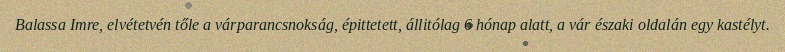
Balassa Imre, elvétetvén tőle a várparancsnokság, épittetett, állitólag 6 hónap alatt, a vár északi oldalán egy kastélyt.